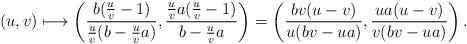
LaTeX: \begin{align*}(u,v)\longmapsto \left(\frac{b(\frac{u}{v}-1)}{\frac{u}{v}(b-\frac{u}{v} a)},\frac{\frac{u}{v} a(\frac{u}{v}-1)}{b-\frac{u}{v} a}\right)=\left(\frac{bv(u-v)}{u(bv-ua)},\frac{ua(u-v)}{v(bv-ua)}\right).\end{align*}